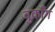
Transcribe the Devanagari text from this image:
वुकाँग